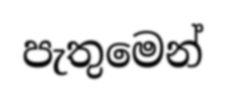
පැතුමෙන්